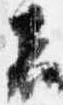
者